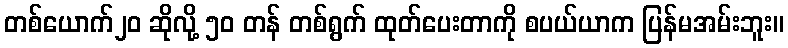
တစ်ယောက်၂၀ ဆိုလို့ ၅၀ တန် တစ်ရွက် ထုတ်ပေးတာကို စပယ်ယာက ပြန်မအမ်းဘူး။